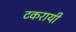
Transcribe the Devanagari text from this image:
टकरायी